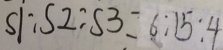
S 1 : S 2 : S 3 = 6 : 1 5 : 4